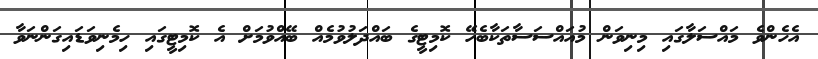
އެހެންވެ މައްސަލާގައި މިނިވަން މުއައްސަސާތަކާބެހޭ ކޮމިޓީގެ ބައްދަލުވުމެއް ބޭއްވުމަށް އެ ކޮމިޓީގައި ހިމެނިވަޑައިގަންނަވާ